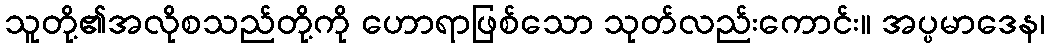
သူတို့၏အလိုစသည်တို့ကို ဟောရာဖြစ်သော သုတ်လည်းကောင်း။ အပ္ပမာဒေန၊